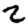
Digit: 2